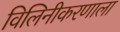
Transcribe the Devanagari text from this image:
विलिनीकरणाला